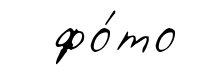
фо́то